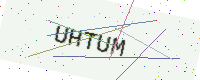
Text: UHTUM